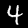
Digit: 4